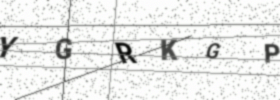
Text: YGRKGP